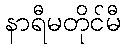
နာရီမတိုင်မီ